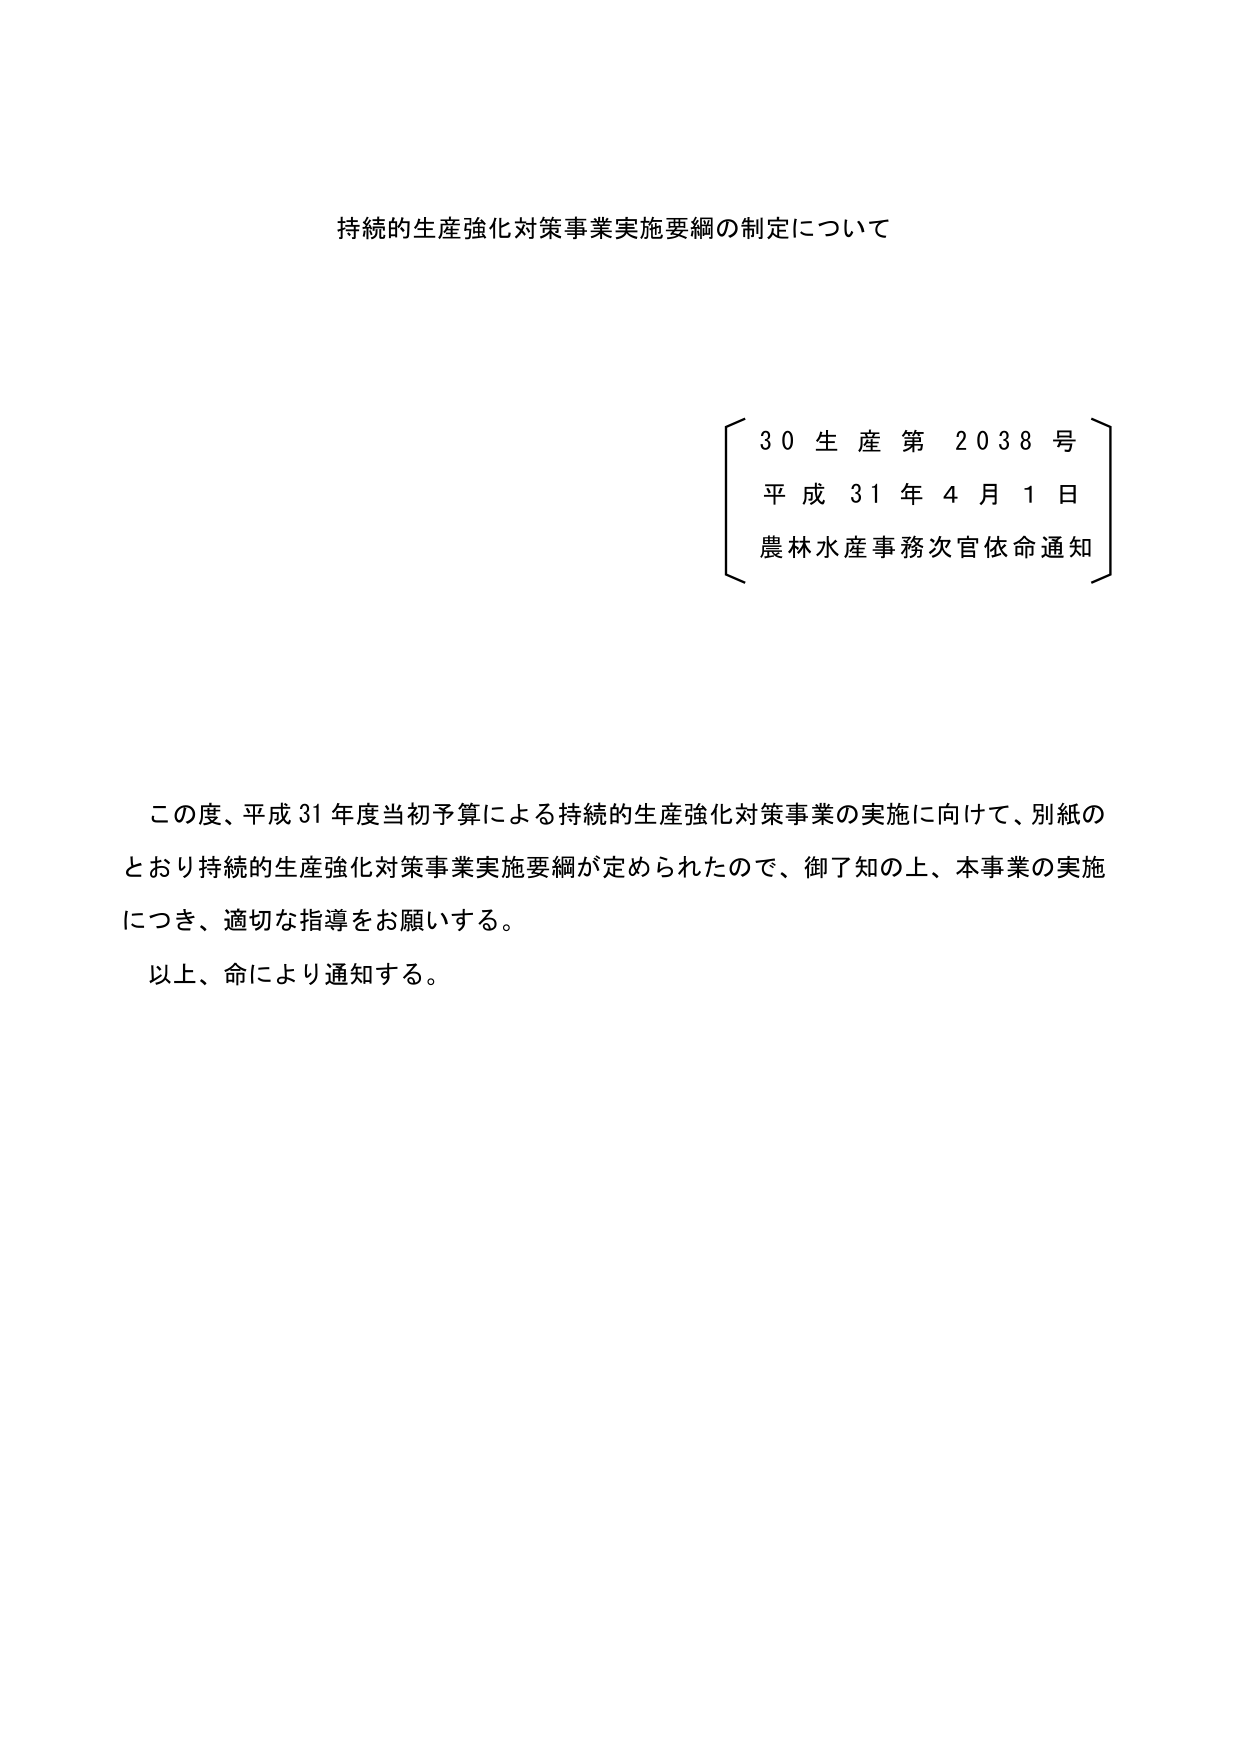
持続的生産強化対策事業実施要綱の制定について

30 生産第 2038 号
平成 31 年 4 月 1 日
農林水産事務次官依命通知

この度、平成 31 年度当初予算による持続的生産強化対策事業の実施に向けて、別紙の
とおり持続的生産強化対策事業実施要綱が定められたので、御了知の上、本事業の実施
につき、適切な指導をお願いする。
以上、命により通知する。